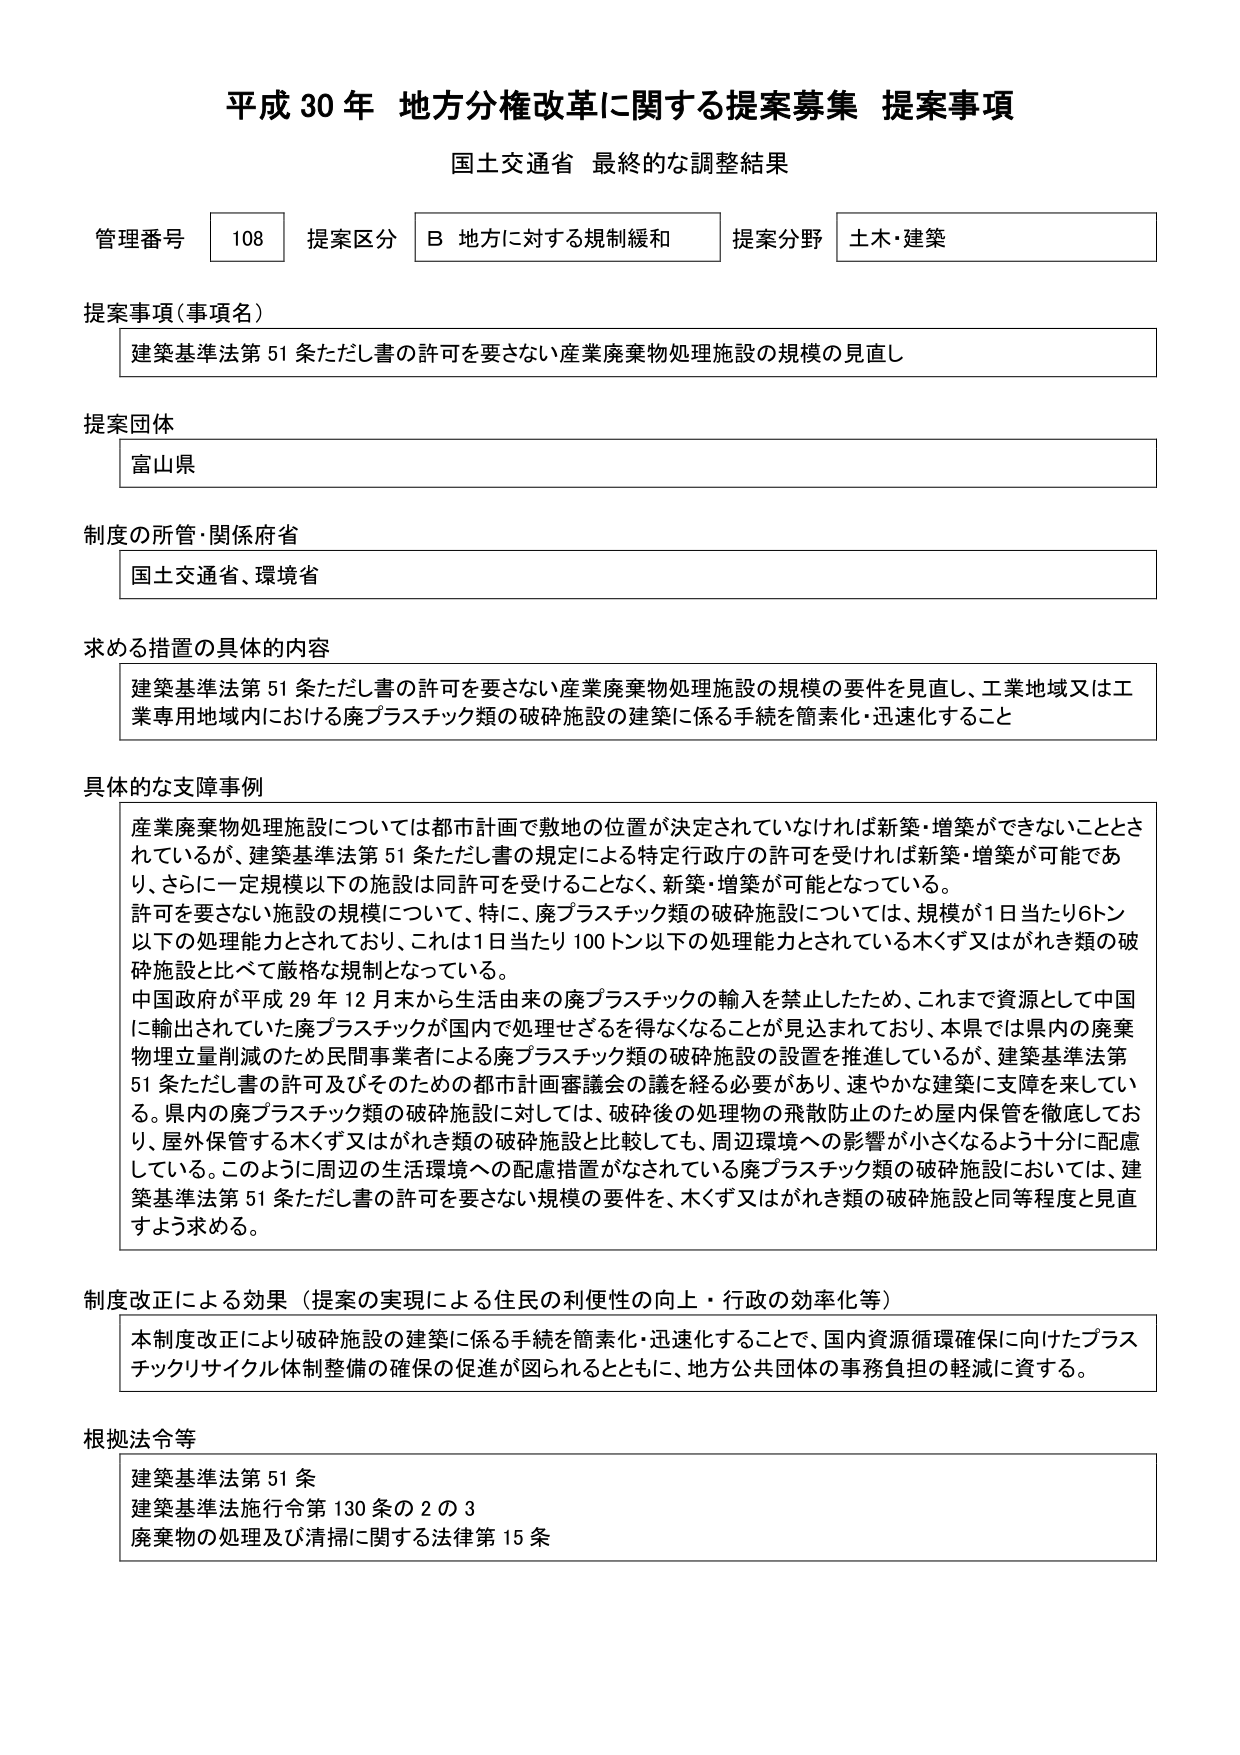
平成30年 地方分権改革に関する提案募集 提案事項
国土交通省 最終的な調整結果

管理番号 108 提案区分 B 地方に対する規制緩和 提案分野 土木・建築

提案事項（事項名）
建築基準法第51条ただし書の許可を要さない産業廃棄物処理施設の規模の見直し

提案団体
富山県

制度の所管・関係府省
国土交通省、環境省

求める措置の具体的内容
建築基準法第51条ただし書の許可を要さない産業廃棄物処理施設の規模の要件を見直し、工業地域又は工業専用地域内における廃プラスチック類の破碎施設の建築に係る手続を簡素化・迅速化すること

具体的な支障事例
産業廃棄物処理施設については都市計画で敷地の位置が決定されていなければ新築・増築ができないこととされているが、建築基準法第51条ただし書の規定による特定行政庁の許可を受ければ新築・増築が可能であり、さらに一定規模以下の施設は同許可を受けることなく、新築・増築が可能となっている。
許可を要さない施設の規模について、特に、廃プラスチック類の破碎施設については、規模が1日当たり6トン以下の処理能力とされており、これは1日当たり100トン以下の処理能力とされている木くず又はがれき類の破碎施設と比べて厳格な規制となっている。
中国政府が平成29年12月末から生活由来の廃プラスチックの輸入を禁止したため、これまで資源として中国に輸出されていた廃プラスチックが国内で処理せざるを得なくなることが見込まれており、本県では県内の廃棄物埋立量削減のため民間事業者による廃プラスチック類の破碎施設の設置を推進しているが、建築基準法第51条ただし書の許可及びそのための都市計画審議会の議を経る必要があり、速やかな建築に支障を来している。県内の廃プラスチック類の破碎施設に対しては、破碎後の処理物の飛散防止のため屋内保管を徹底しており、屋外保管する木くず又はがれき類の破碎施設と比較しても、周辺環境への影響が小さくなるよう十分に配慮している。このように周辺の生活環境への配慮措置がなされている廃プラスチック類の破碎施設においては、建築基準法第51条ただし書の許可を要さない規模の要件を、木くず又はがれき類の破碎施設と同等程度と見直すよう求める。

制度改正による効果（提案の実現による住民の利便性の向上・行政の効率化等）
本制度改正により破碎施設の建築に係る手続を簡素化・迅速化することで、国内資源循環確保に向けたプラスチックリサイクル体制整備の確保の促進が図られるとともに、地方公共団体の事務負担の軽減に資する。

根拠法令等
建築基準法第51条
建築基準法施行令第130条の2の3
廃棄物の処理及び清掃に関する法律第15条